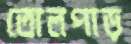
তোলপাড়